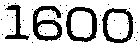
1600